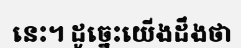
នេះ។ ដូច្នេះយើងដឹងថា